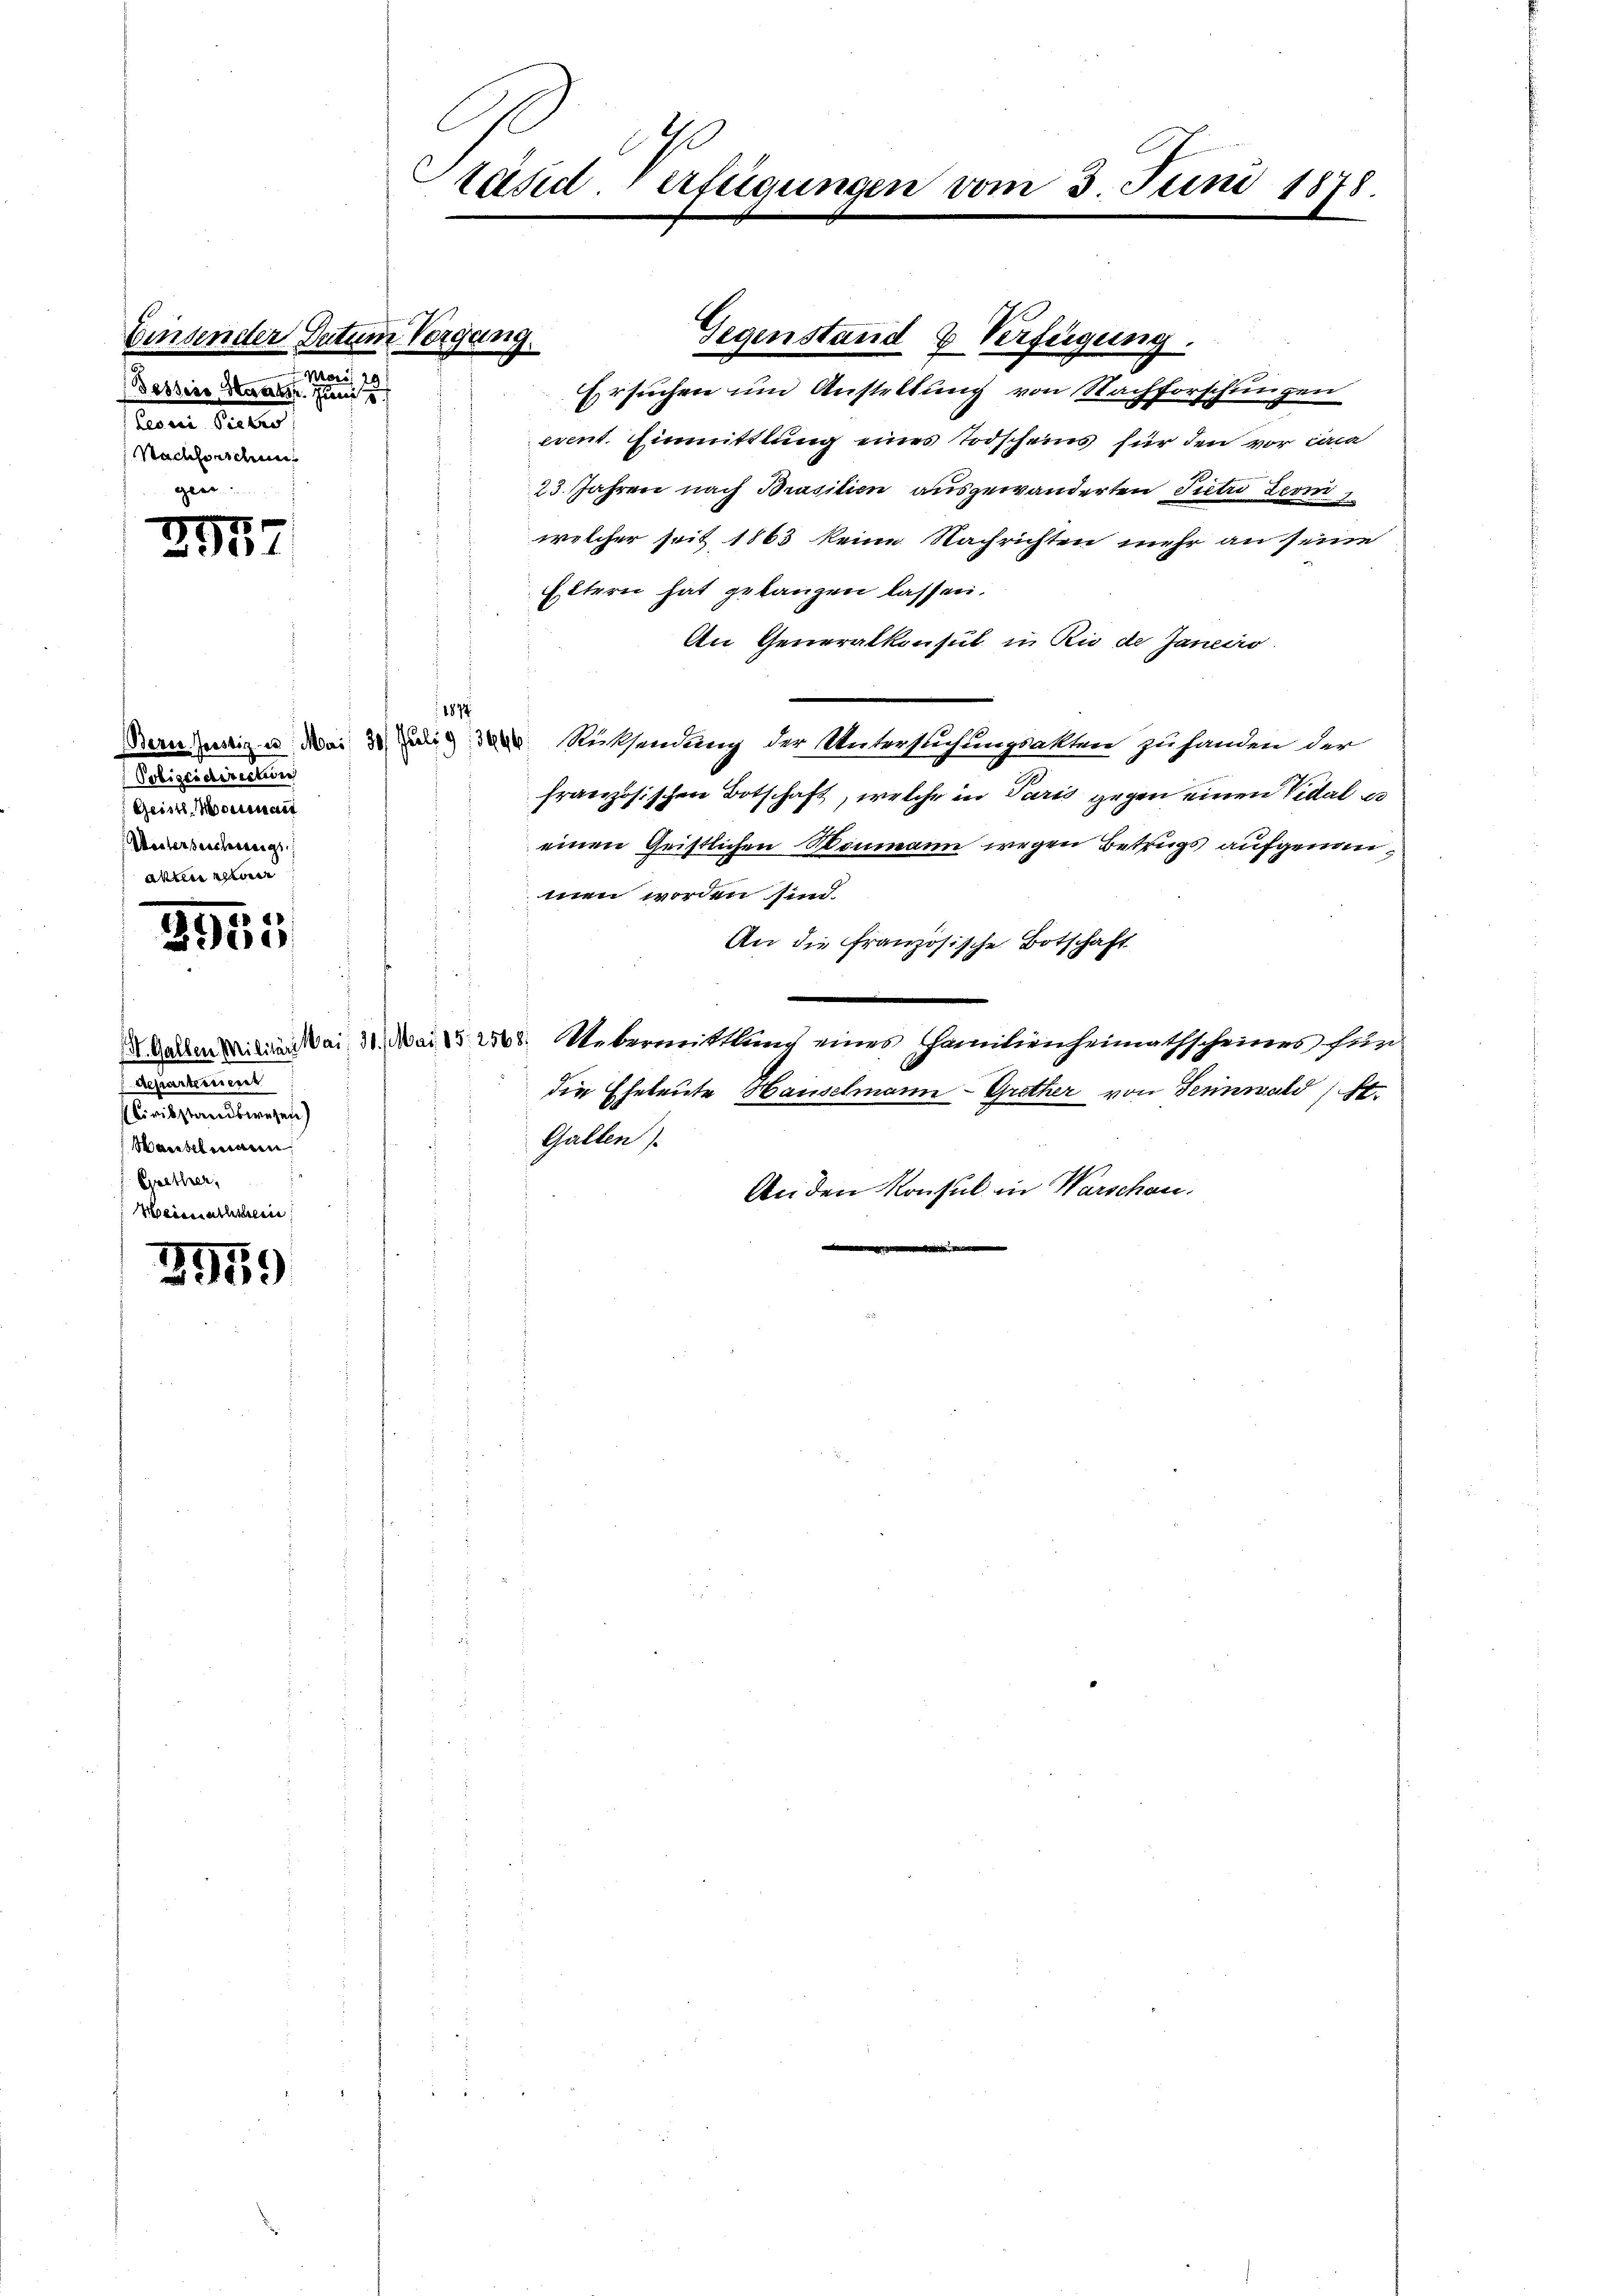
Einsender Datum Vorgang
Mart. 20
Bessers Herakor. Juni 8
Leoi Pietro
Nachforschun

25
3
 20 x

Polizeidirection
Geist-Monnait
Weiterbeschweig

S 11
3

departement
Civilstandswesen)
Waibelmann
 Ggrether,

2959

räsid. Verfügungen vom 3. Juni 1878.

Ersuchen um Anstellung von Nachforschungen
event. Einmittlung eines Todscheins für den vor circa
23. Jahren nach Brasilien ausgewänderten Pietro term 1
welcher seit 1863 keine Nachrichten mehr an seine
Eltern hat gelangen lassen.
An Generalkonsul in Rio de Janeiro
Dernistig u. Mai die 3000. Rücksendung der Untersuchungsakten zuhanden der
französischen Botschaft, welche in Paris gegen einen Vidal es
einen Geistlichen Raumann wegen Betrugs aufgenommen worden sind.
An die französische Botschaft
.
 Warten die ai 31. Mai 152568. Uebermittlung eines Familienheimathscheines fün
die Eheleute Hauselmann - Grither von Tennwald St.
Gallen
An den Konsul in Warschau.

1874

.

Gegenstand & Verfügung.